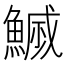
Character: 𮬇